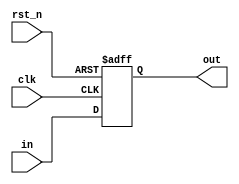
module delay #(
    parameter WIDTH = 8
)(
    input clk, rst_n,
    input [WIDTH-1:0] in,
    output reg [WIDTH-1:0] out
);

    always @(posedge clk or negedge rst_n) begin
        if (~rst_n) begin
            out <= 1'b0;
        end
        else begin
            out <= in;
        end
    end
endmodule